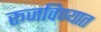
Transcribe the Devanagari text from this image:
रूजविण्यात